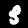
Label: 3